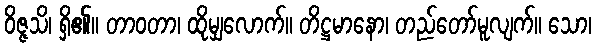
ဝိဇ္ဇသိ၊ ရှိ၏။ တာဝတာ၊ ထိုမျှလောက်။ တိဋ္ဌမာနော၊ တည်တော်မူလျက်။ သော၊